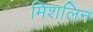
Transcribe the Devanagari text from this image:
मिशलिन